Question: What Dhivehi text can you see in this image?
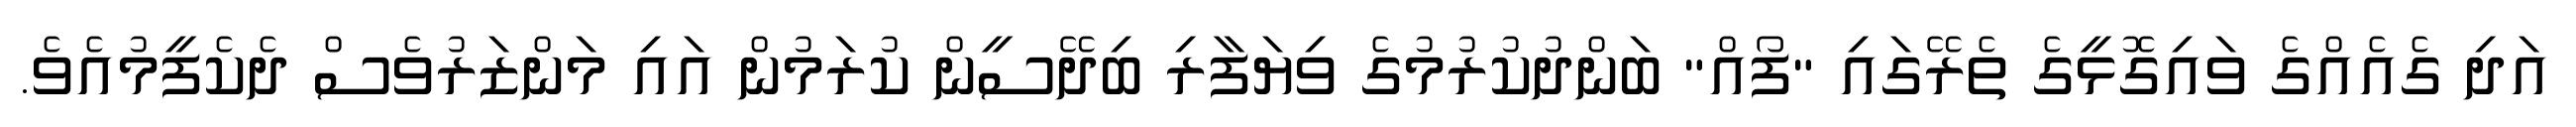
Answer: އަދި ގެއެއްގެ ވައިގޮޅީގެ ތެރޭގައި "ފޯއް" ބަންދުކުރުމުގެ ވިޔަފާރި ބިދޭސީން ކުރަމުން އައި މަންޒަރުވެސް ދެކެފީމުއެވެ.